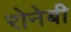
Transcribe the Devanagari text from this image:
रोनेबी